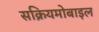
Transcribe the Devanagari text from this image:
सक्रियमोबाइल